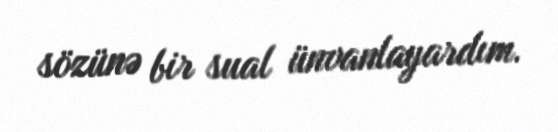
sözünə bir sual ünvanlayardım.